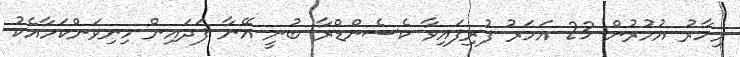
މިހާރު އުމުރުން 23 އަހަރު ފުރިފައިވާ ކެސެންޑްރާ ބުނީ އޭނާ ފަދައިން މިނިވަންކަމާއެކު